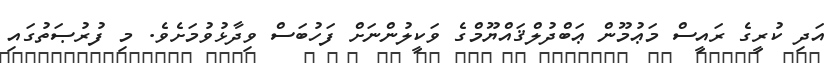
އަދި ކުރީގެ ރައީސް މަޢުމޫން ޢަބްދުލްޤައްޔޫމްގެ ވަކީލުންނަށް ފަހުބަސް ވިދާޅުވުމަށެވެ. މި ފުރުޞަތުގައި